Indian Civil Veterinary Department memoirs
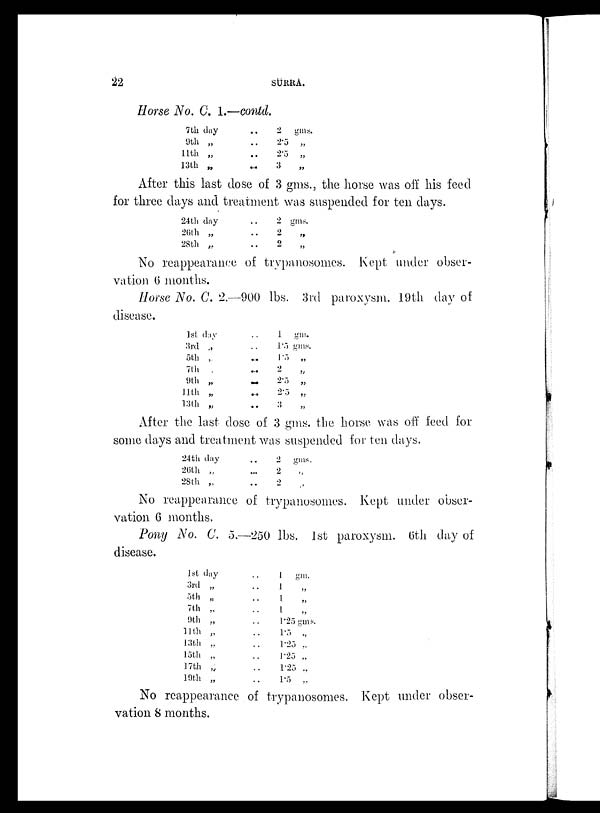
22
SURRA.
Horse No. C. 1.—contd.
7th day
9th „
11th „
13th „
. .
. .
. .
. .
2
gms.
2.5 „
2.5 „
3 „
After this last dose of 3 gms., the horse was off his feed
for three days and treatment was suspended for ten days.
24th day
26th „
28th „
. .
. .
. .
2 gms.
2
„
2
„
No reappearance of trypanosomes. Kept under obser-
vation 6 months.
Horse No. C. 2.—900 lbs. 3rd paroxysm. 19th day of
disease.
1st day
3rd „
5th „
7th „
9th „
11th „
l3th „
. .
. .
. .
. .
. .
. .
. .
1 gm.
1.5 gms.
1.5 „
2
„
2.5 „
2.5 „
3 „
After the last dose of 3 gms. the horse was off feed for
some days and treatment was suspended for ten days.
24th day
26th „
28th „
. .
. .
. .
2
gms.
2 „
2 „
No reappearance of trypanosomes. Kept under obser-
vation 6 months.
Pony No. C. 5.—250 lbs. 1st paroxysm. 6th day of
disease.
1st day
3rd „
5th „
7th „
9th „
11th „
13th „
15th „
17th „
10th „
. .
. .
. .
. .
. .
. .
. .
. .
. .
. .
1 gm.
1 „
1 „
1 „
1.25 gms.
17. „
1.25 „
1.25 „
1.25 „
1. 5 „
No reappearance of trypanosomes. Kept under obser-
vation 8 months.